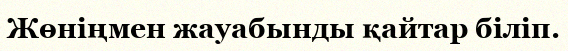
Жөніңмен жауабынды қайтар біліп.